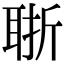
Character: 𦕶